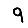
Digit: 9